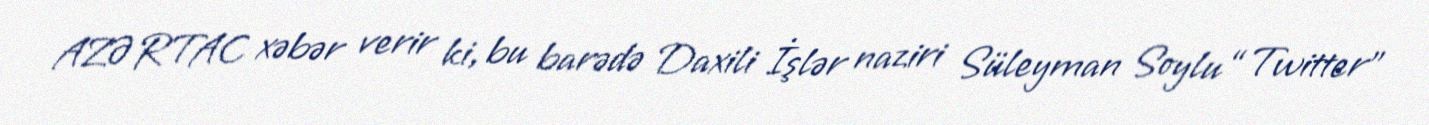
AZƏRTAC xəbər verir ki, bu barədə Daxili İşlər naziri Süleyman Soylu “Twitter”